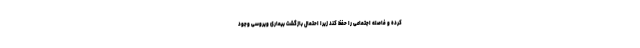
کرده و فاصله اجتماعی را حفظ کند زیرا احتمال بازگشت بیماری ویروسی وجود